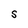
Character: S